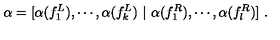
\alpha = [ \alpha ( f _ { 1 } ^ { L } ) , \cdots , \alpha ( f _ { k } ^ { L } ) \ | \ \alpha ( f _ { 1 } ^ { R } ) , \cdots , \alpha ( f _ { l } ^ { R } ) ] \ .